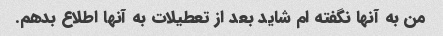
من به آنها نگفته ام شاید بعد از تعطیلات به آنها اطلاع بدهم.